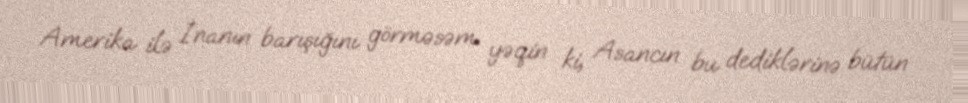
Amerika ilə İnanın barışığını görməsəm yəqin ki, Asancın bu dediklərinə bütün